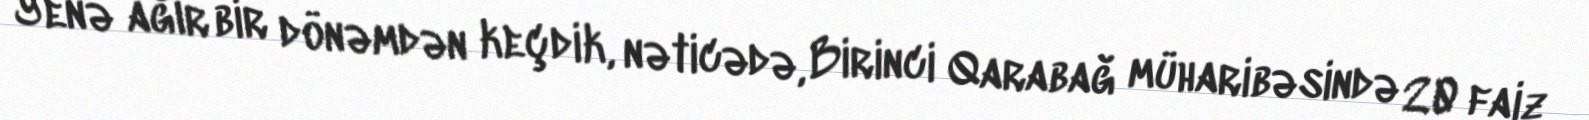
Yenə ağır bir dönəmdən keçdik, nəticədə, Birinci Qarabağ müharibəsində 20 faiz